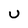
Character: u